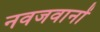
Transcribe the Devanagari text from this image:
नवजवानों